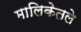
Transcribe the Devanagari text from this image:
मालिकेतले